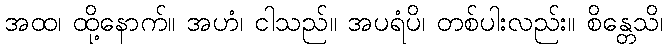
အထ၊ ထို့နောက်။ အဟံ၊ ငါသည်။ အပရံပိ၊ တစ်ပါးလည်း။ စိန္တေသိ၊